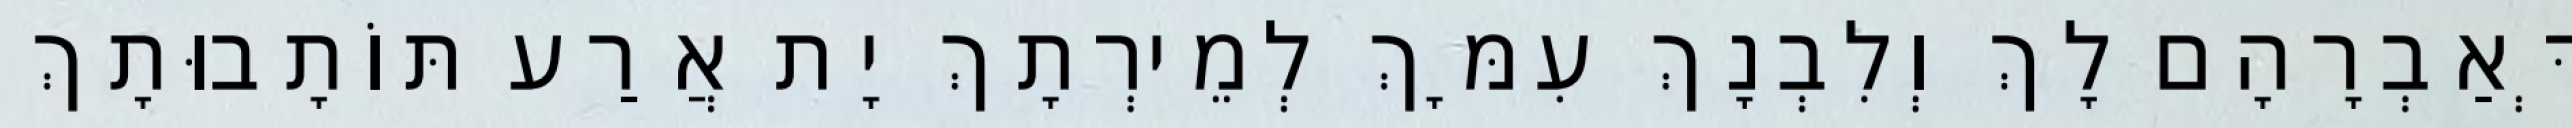
דְּאַבְרָהָם לָךְ וְלִבְנָךְ עִמָּךְ לְמֵירְתָךְ יָת אֲרַע תּוֹתָבוּתָךְ